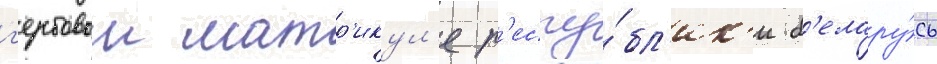
г'ербовом матр'икул'е р'еспу́бл'ик'и б'елару́сь